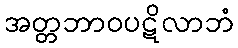
အတ္တဘာဝပဋိလာဘံ